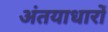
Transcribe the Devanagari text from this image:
अंतयाधारों